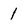
Character: 1